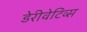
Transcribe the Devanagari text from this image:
डेरीवेटिव्स